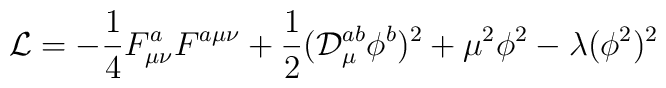
{\cal L}=-\frac{1}{4}F^a_{\mu\nu}F^{a\mu\nu}+\frac{1}{2}({\cal D}_\mu^{ab}\phi^b)^2+\mu^2\phi^2-\lambda(\phi^2)^2